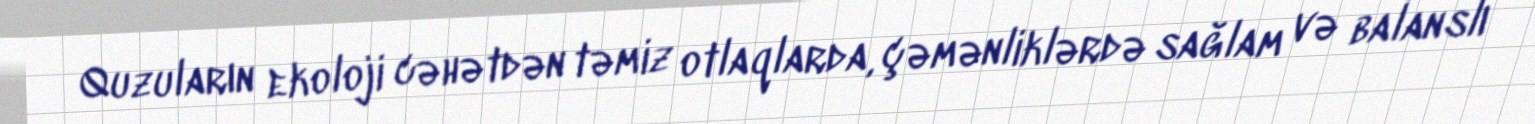
Quzuların ekoloji cəhətdən təmiz otlaqlarda, çəmənliklərdə sağlam və balanslı